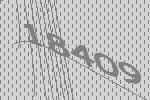
18409